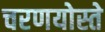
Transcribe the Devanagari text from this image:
चरणयोस्ते